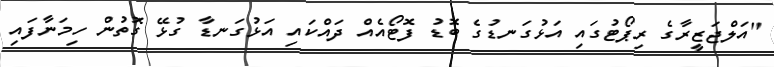
"އަލްޖަޒީރާގެ ރިޕޯޓުގައި އަޅުގަނޑުގެ ބޮޑު ފޮޓޯއެއް ދައްކައި އަޅުގަނޑާ ގުޅޭ ގޮތުން ހިމަނާފައި